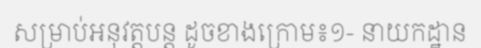
សម្រាប់អនុវត្តបន្ត ដូចខាងក្រោម៖១- នាយកដ្ឋាន